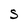
Character: S